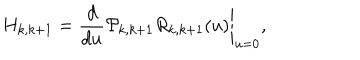
H _ { k , k + 1 } = \left. \frac { d } { d u } { \cal P } _ { k , k + 1 } R _ { k , k + 1 } ( u ) \right| _ { u = 0 } ,